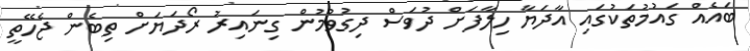
ބައެއް ގައުމުތަކުގައި އާދަޔާ ހިލާފަށް ދުވަސް ދިގުވުމުން ގިނައިރު ރޯދަޔަށް ތިބެން ޖެހޭތީ